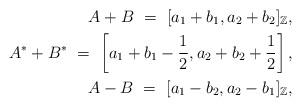
LaTeX: \begin{align*}A+B\ =\ [a_1+b_1, a_2+b_2]_\mathbb{Z}, \\A^* + B^*\ =\ \left[a_1 + b_1 - \frac{1}{2}, a_2 + b_2 + \frac{1}{2}\right], \\A - B\ =\ [a_1 - b_2, a_2 - b_1]_\mathbb{Z},\end{align*}